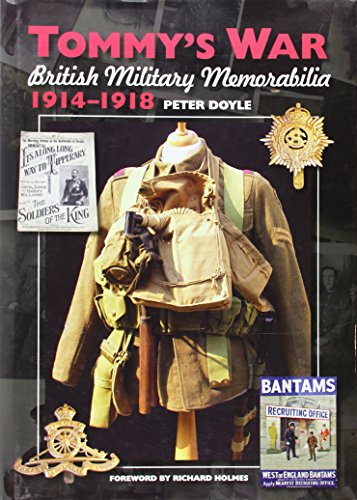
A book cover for Tommy's War: British Military Memorabilia, 1914-1918; Peter Doyle; Crafts, Hobbies & Home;